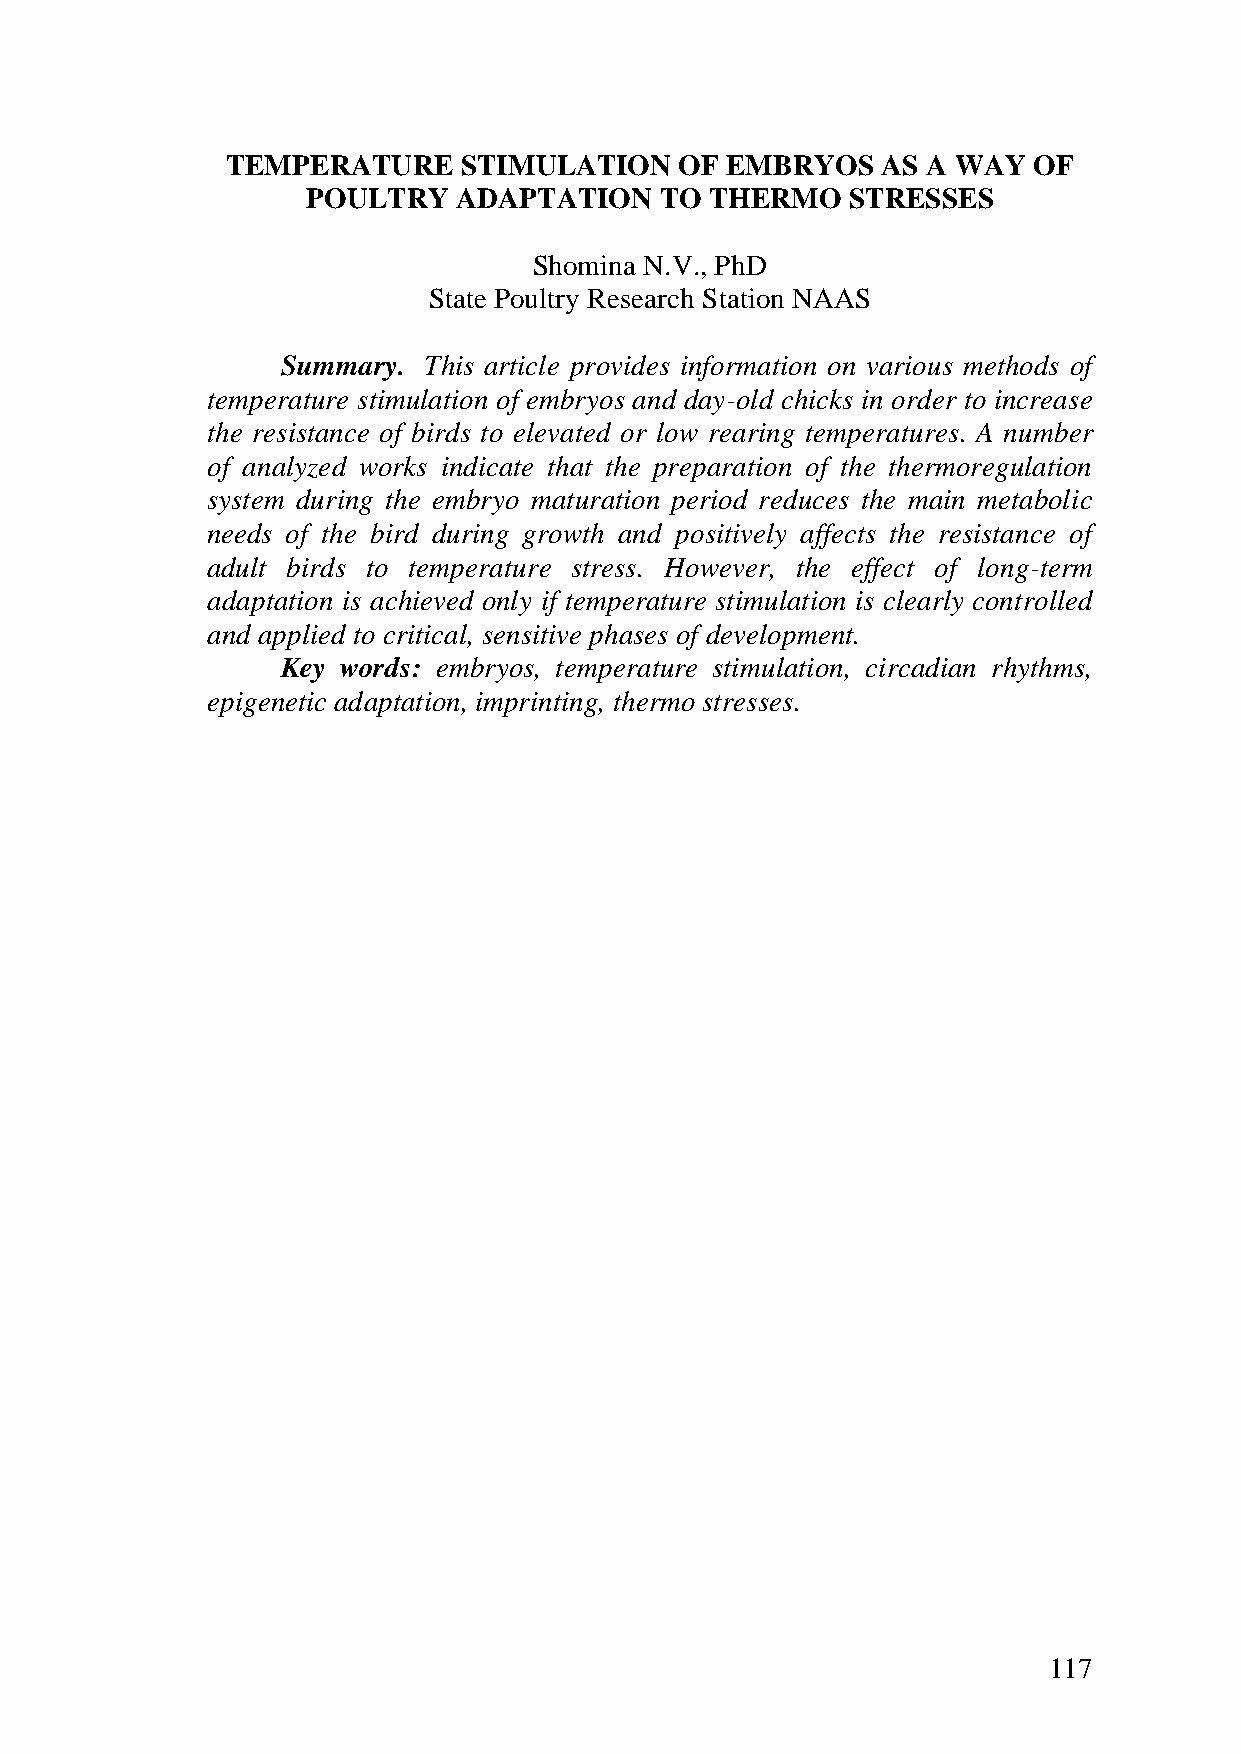
TEMPERATURE    STIMULATION    OF EMBRYOS   AS A WAY  OF
 POULTRY   ADAPTATION    TO THERMO   STRESSES
 Shomina N.V., PhD
 State Poultry Research Station NAAS
 Summary. This article provides information on various methods of
 temperature stimulation of embryos and day-old chicks in order to increase
 the resistance of birds to elevated or low rearing temperatures. A number
 of analyzed works indicate that the preparation of the thermoregulation
 system during the embryo maturation period reduces the main metabolic
 needs of the bird during growth and positively affects the resistance of
 adult birds to temperature stress. However, the effect of long-term
 adaptation is achieved only if temperature stimulation is clearly controlled
 and applied to critical, sensitive phases of development.
 Key words: embryos, temperature stimulation, circadian rhythms,
 epigenetic adaptation, imprinting, thermo stresses.
 117